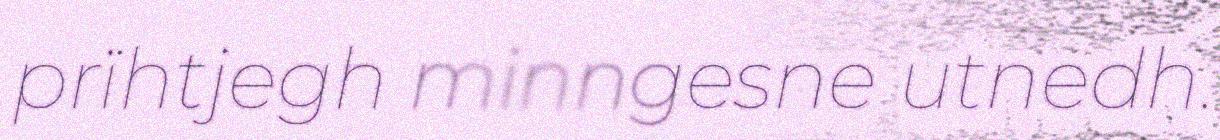
prïhtjegh minngesne utnedh.